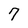
Character: 7